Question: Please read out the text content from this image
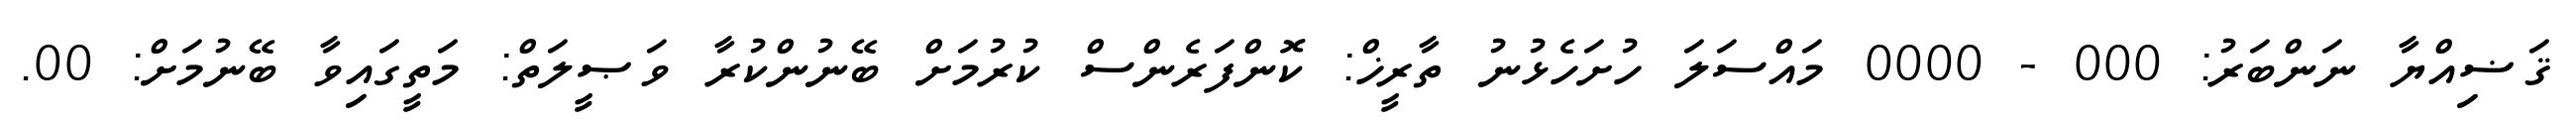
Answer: ޤަޟިއްޔާ ނަންބަރު: 000 - 0000 މައްސަލަ ހުށަހެޅުނު ތާރީޚް: ކޮންފަރެންސް ކުރުމަށް ބޭނުންކުރާ ވަޞީލަތް: މަތީގައިވާ ބޭނުމަށް: 00.